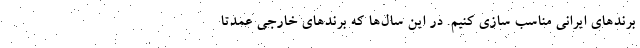
برندهای ایرانی مناسب سازی کنیم. در این سال‌ها که برندهای خارجی عمدتا